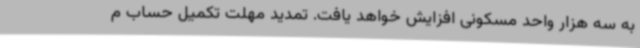
به سه هزار واحد مسکونی افزایش خواهد یافت. تمدید مهلت تکمیل حساب م